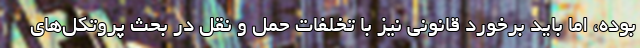
بوده، اما باید برخورد قانونی نیز با تخلفات حمل و نقل در بحث پروتکل‌های